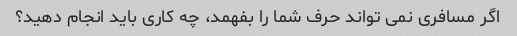
اگر مسافری نمی تواند حرف شما را بفهمد، چه کاری باید انجام دهید؟